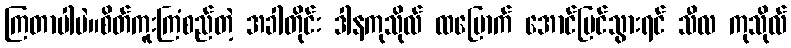
ကြတာပါပဲ။စိတ်ကူးကြံစည်တဲ့ အခါတိုင်း ဒါနကုသိုလ် ထမြောက် အောင်မြင်သွားရင် သီလ ကုသိုလ်